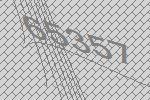
65357